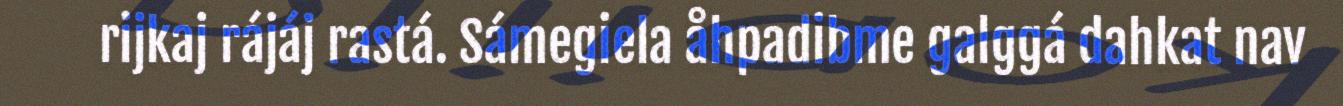
rijkaj rájáj rastá. Sámegiela åhpadibme galggá dahkat nav